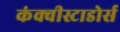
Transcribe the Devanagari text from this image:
कंक्वीस्टाडोर्स